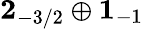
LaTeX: \mathbf{2}_{-3/2}\oplus\mathbf{1}_{-1}